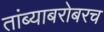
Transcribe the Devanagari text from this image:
तांब्याबरोबरच